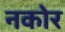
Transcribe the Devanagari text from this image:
नकोर